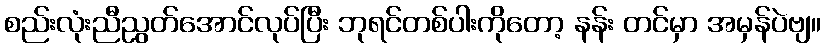
စည်းလုံးညီညွတ်အောင်လုပ်ပြီး ဘုရင်တစ်ပါးကိုတော့ နန်း တင်မှာ အမှန်ပဲဗျ။